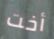
أخت